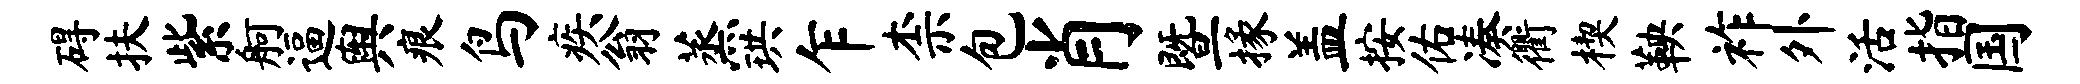
碍扶紫舸逼舆痕鸟疾翁蒸珙乍柰包肖暨掾盖按佑凑衢楔鞅祚外活指国